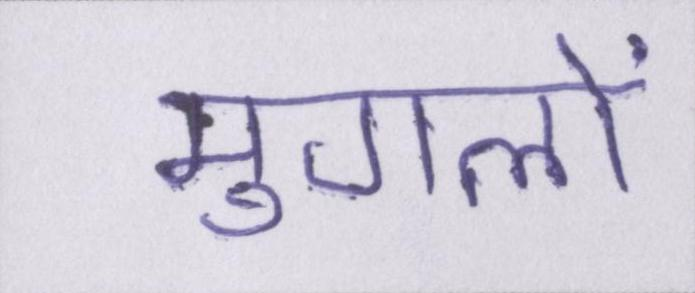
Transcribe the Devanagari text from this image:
मुगलों